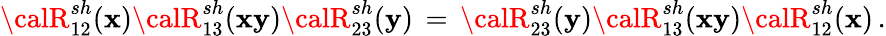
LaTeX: {\calR}_{12}^{sh}(\mathbf{x}){\calR}_{13}^{sh}(\mathbf{x}\mathbf{y}){\calR}_{23}^{sh}(\mathbf{y})\, =\, {\calR}_{23}^{sh}(\mathbf{y}){\calR}_{13}^{sh}(\mathbf{x}\mathbf{y}){\calR}_{12}^{sh}(\mathbf{x})\, .